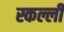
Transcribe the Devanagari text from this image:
स्कल्ली